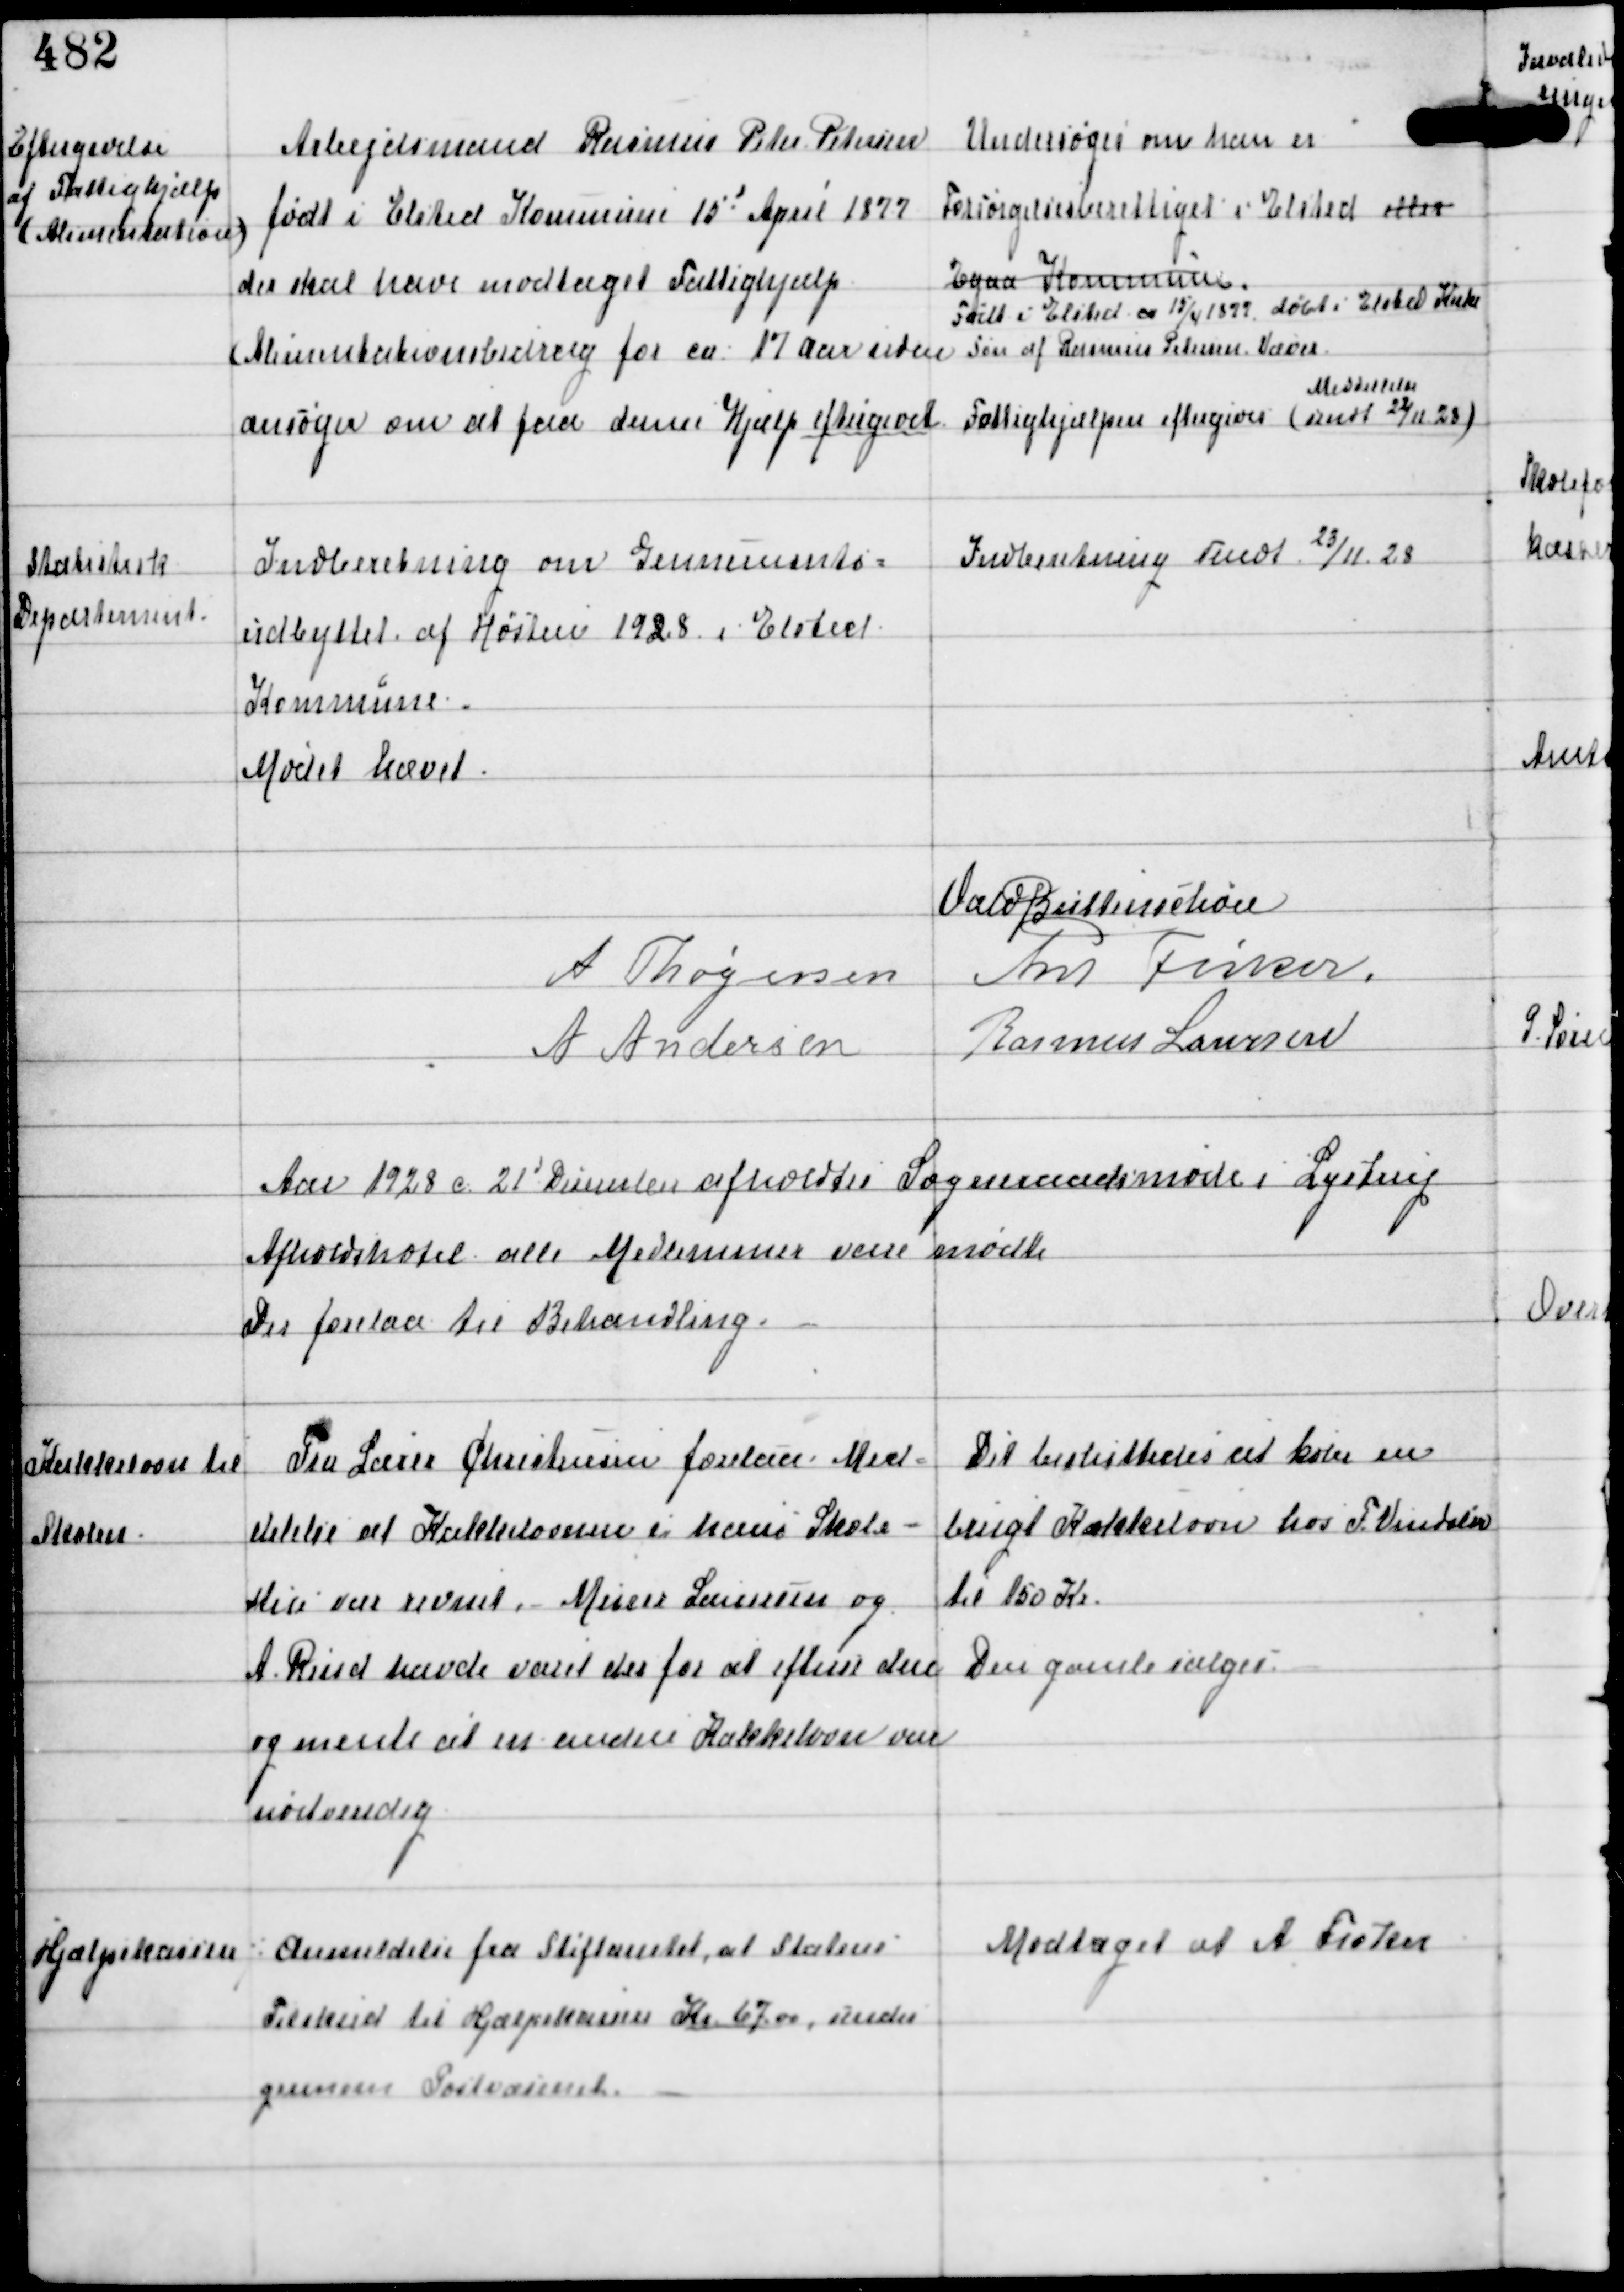
Transskription:
Eftergivelse
af Fattighjælp
(Alimentation)

Arbejdsmand Rasmus Peter Petersen
født i Elsted Kommune 15d April 1877
der skal have modtaget Fattighjælp
(Alimentationsbidrag for ca 17 aar siden)
ansøger om at faa denne Hjælp eftergivet

Undersøger om han er
Forsørgelsesberettiget i Elsted eller
Egaa Kommune
Født i Elsted ca 15/4 1899 døbt i Elsted Kirke
søn af Rasmus Petersen Væver.
Fattighjælpen eftergives
Meddelse
(sendt 22/11 28)

Statistisk
Department

Indberetning om Gennemsnits-
udbyttet af Høsten 1928 i Elsted
Kommune.

Indberetning Sendt 23/11 28

Mødet hævet
Vald Buttenschøn
A Thøgersen
Ant Fisker
A Andersen Rasmus Laursen

Aar 1928 c 21d December afholdes Sogneraadsmøde i Lystrup
Afholdshotel alle Medlemmer vare mødte
Der forelaa til Behandling.

Kakkelovn til
Skolen

Fra Lærer Christensen forelaa Med-
delelse at Kakkelovnen i hans Skole -
Hus var revnet. - Murer Lauersen og
A Rind havde været der for at efterse den
og mente at en anden Kakkelovn var
nødvendig

Det besluttedes at købe en
brugt Kakkelovn hos F Vindslev
til 150 Kr
Den gamle sælges.

Hjælpekassen

⁒ Anmeldelse fra Stiftamtet, at Statens
Tilskud til Hjælpekassen Kr 67,00, sendes
gennem Postvæsenet.

Modtaget af A Fisker